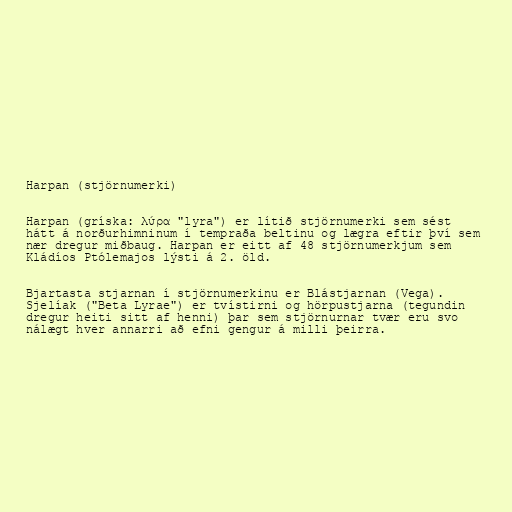
Harpan (stjörnumerki)

Harpan (gríska: λύρα "lyra") er lítið stjörnumerki sem sést
hátt á norðurhimninum í tempraða beltinu og lægra eftir því sem
nær dregur miðbaug. Harpan er eitt af 48 stjörnumerkjum sem
Kládíos Ptólemajos lýsti á 2. öld.

Bjartasta stjarnan í stjörnumerkinu er Blástjarnan (Vega).
Sjelíak ("Beta Lyrae") er tvístirni og hörpustjarna (tegundin
dregur heiti sitt af henni) þar sem stjörnurnar tvær eru svo
nálægt hver annarri að efni gengur á milli þeirra.